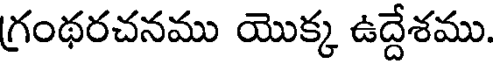
గ్రంథరచనము యొక్క ఉద్దేశము.